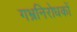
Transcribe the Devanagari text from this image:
गभ्रनिरोधकों